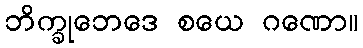
ဘိက္ခုဘေဒေ စယေ ဂဏော။